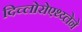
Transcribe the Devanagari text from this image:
दिच्लोरोएथ्य्लेने